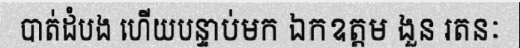
បាត់ដំបង ហើយបន្ទាប់មក ឯកឧត្តម ងួន រតនៈ